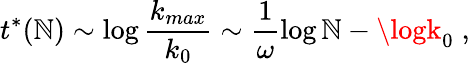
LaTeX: t^{*}(\mathbb{N})\sim\log\frac{{k_{max}}}{{k_{0}}}\sim\frac{{1}}{{\omega}}\log\mathbb{N}-\logk_{0}\; ,